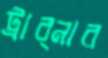
ট্রাব্নার